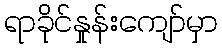
ရာခိုင်နှုန်းကျော်မှာ